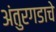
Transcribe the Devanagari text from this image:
अंतुरगडाचे